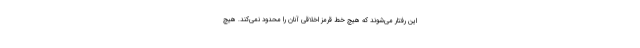
این رفتار می‌شوند که هیچ خط قرمز اخلاقی آنان را محدود نمی‌کند. هیچ